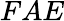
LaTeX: FAE